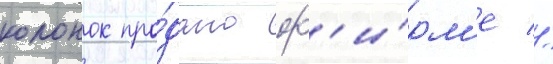
колонок про́дано ф'и́рм'е //